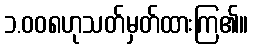
၁.၀၀၈ဟုသတ်မှတ်ထားကြ၏။